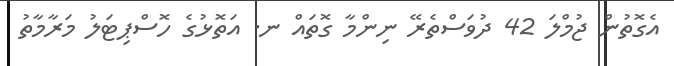
އެގޮތުން ޖުމްލަ 42 ދުވަސްތެރޭ ނިންމާ ގޮތައް ނ. އަތޮޅުގެ ހޮސްޕިޓަލު މަރާމާތު